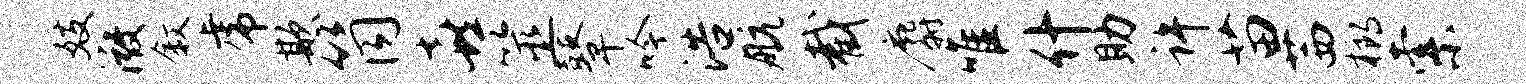
妓微叙虎欺筒喜筮鼙吟浩航截麝唯什助许苗茜榔索